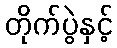
တိုက်ပွဲနှင့်